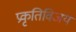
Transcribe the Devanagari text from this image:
प्रकृतिविजय